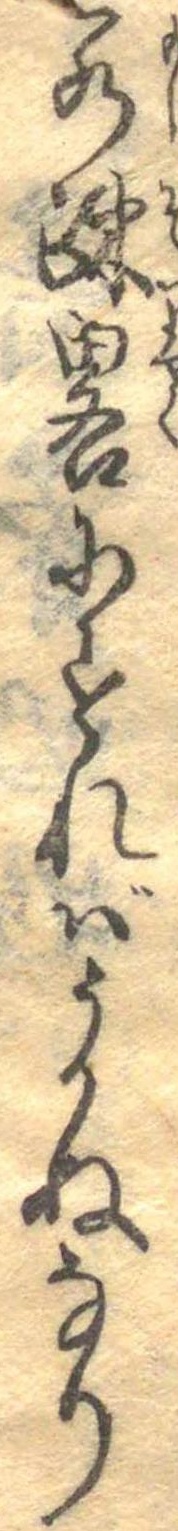
若疎略にすればうかぬなり